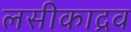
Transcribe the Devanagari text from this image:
लसीकाद्रव